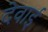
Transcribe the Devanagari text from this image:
देवाई